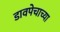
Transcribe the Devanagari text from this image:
डावपेचाच्या